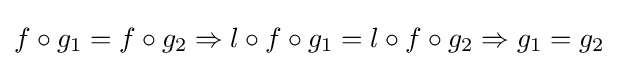
f\circ g_{1}=f\circ g_{2}\Rightarrow l\circ f\circ g_{1}=l\circ f\circ g_{2}\Rightarrow g_{1}=g_{2}